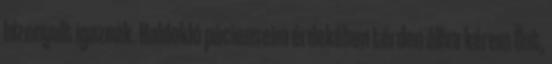
bizonyult igaznak. Haldokló pácienseim érdekében térden állva kérem Önt,